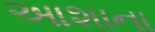
આશાના